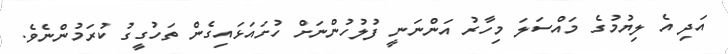
އަދި އެ ލިޔުމުގެ މައްސަލަ މިހާރު އަންނަނީ ފުލުހުންނަށް ހުށައަޅައިގެން ތަހުގީގު ކުރަމުންނެވެ.